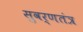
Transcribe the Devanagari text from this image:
सुवर्णतंत्र